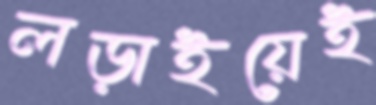
লড়াইয়েই